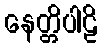
နေတ္တိပါဠိ